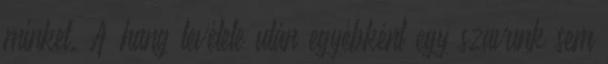
minket. A hang levétele után egyébként egy szavunk sem